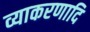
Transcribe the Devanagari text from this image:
व्याकरणादि